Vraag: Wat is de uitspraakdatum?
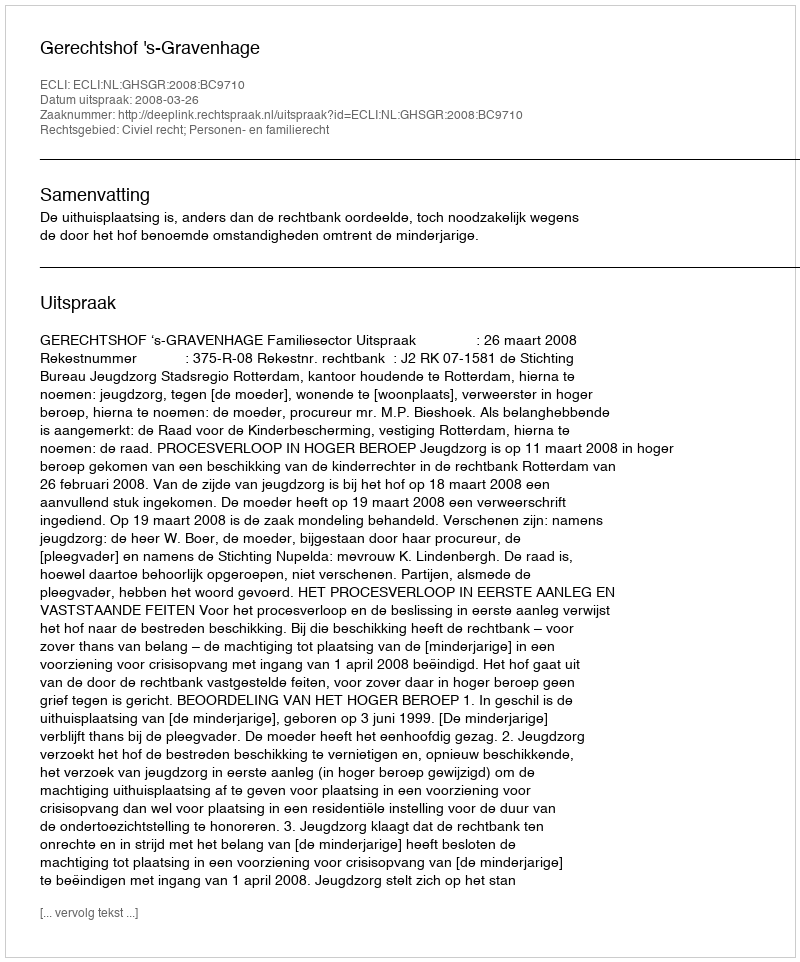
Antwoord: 2008-03-26